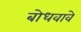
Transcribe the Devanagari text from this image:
बोधवावे